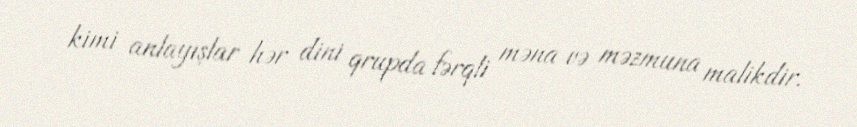
kimi anlayışlar hər dini qrupda fərqli məna və məzmuna malikdir.